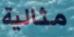
مثالية